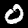
Label: 0